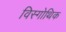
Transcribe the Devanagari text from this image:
विस्गोथिक